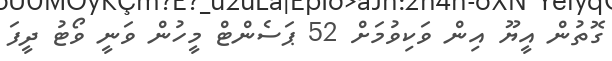
ގޮތުން އީޔޫ އިން ވަކިވުމަށް 52 ޕަސެންޓް މީހުން ވަނީ ވޯޓު ދީފަ